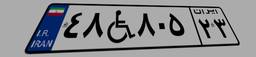
۰۹W۶۳۲۷۷